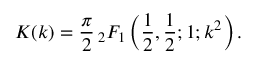
K ( k ) = { \frac { \pi } { 2 } } \, { } _ { 2 } F _ { 1 } \left( { \frac { 1 } { 2 } } , { \frac { 1 } { 2 } } ; 1 ; k ^ { 2 } \right) .